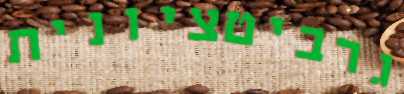
גרביטציונית